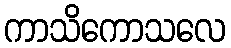
ကာသိကောသလေ